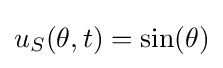
u_{S}(\theta ,t)=\sin(\theta )